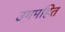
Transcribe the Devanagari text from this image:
उगमहित